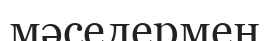
мәселермен